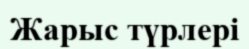
Жарыс түрлері